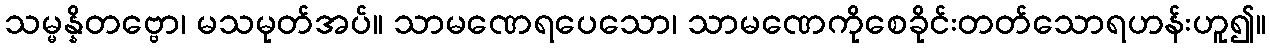
သမ္မန္နိတဗ္ဗော၊ မသမုတ်အပ်။ သာမဏေရပေသော၊ သာမဏေကိုစေခိုင်းတတ်သောရဟန်းဟူ၍။